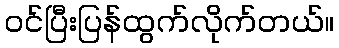
ဝင်ပြီးပြန်ထွက်လိုက်တယ်။